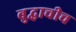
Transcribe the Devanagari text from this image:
बुद्धाचीच